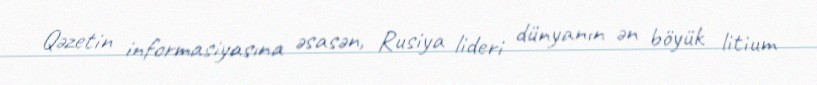
Qəzetin informasiyasına əsasən, Rusiya lideri dünyanın ən böyük litium